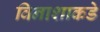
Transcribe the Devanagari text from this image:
विनाशाकडे